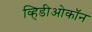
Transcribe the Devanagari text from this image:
व्हिडीओकॉन